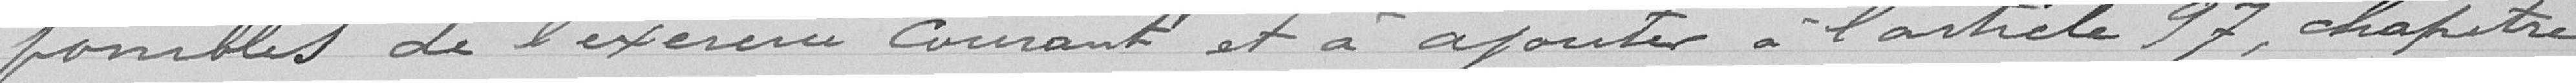
ponibles de l'exercice courant et à ajouter à l'article 97, chapître